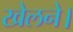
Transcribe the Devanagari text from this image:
खेलने।